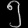
Digit: ၅